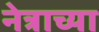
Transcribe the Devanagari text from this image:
नेत्राच्या